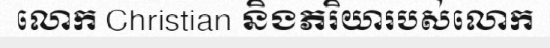
លោក Christian និងភរិយារបស់លោក